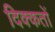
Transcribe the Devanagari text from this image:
दिक्‍कतों